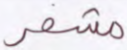
مشفر